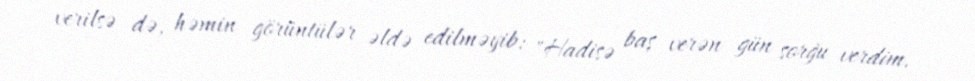
verilsə də, həmin görüntülər əldə edilməyib: "Hadisə baş verən gün sorğu verdim.